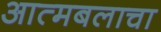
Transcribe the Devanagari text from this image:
आत्मबलाचा